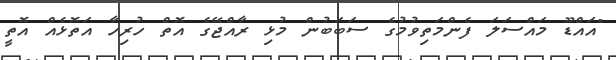
"އައްޑޫ މައްސަލަ ފެންމަތިވުމުގެ ސަބަބުން މުޅި ރާއްޖޭގެ އޮތް ހުރިހާ އަތޮޅެއް އޮތީ